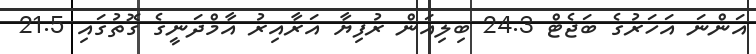
އަންނަ އަހަރުގެ ބަޖެޓް 24.3 ބިލިއަން ރުފިޔާ އަރާއިރު އާމްދަނީގެ ގޮތުގައި 21.5